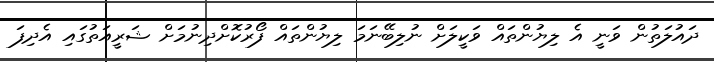
ދައުލަތުން ވަނީ އެ ލިޔުންތައް ވަކީލަށް ނުލިބޭނަމަ ލިޔުންތައް ފޯރުކޮށްދިނުމަށް ޝަރީއަތުގައި އެދިފަ